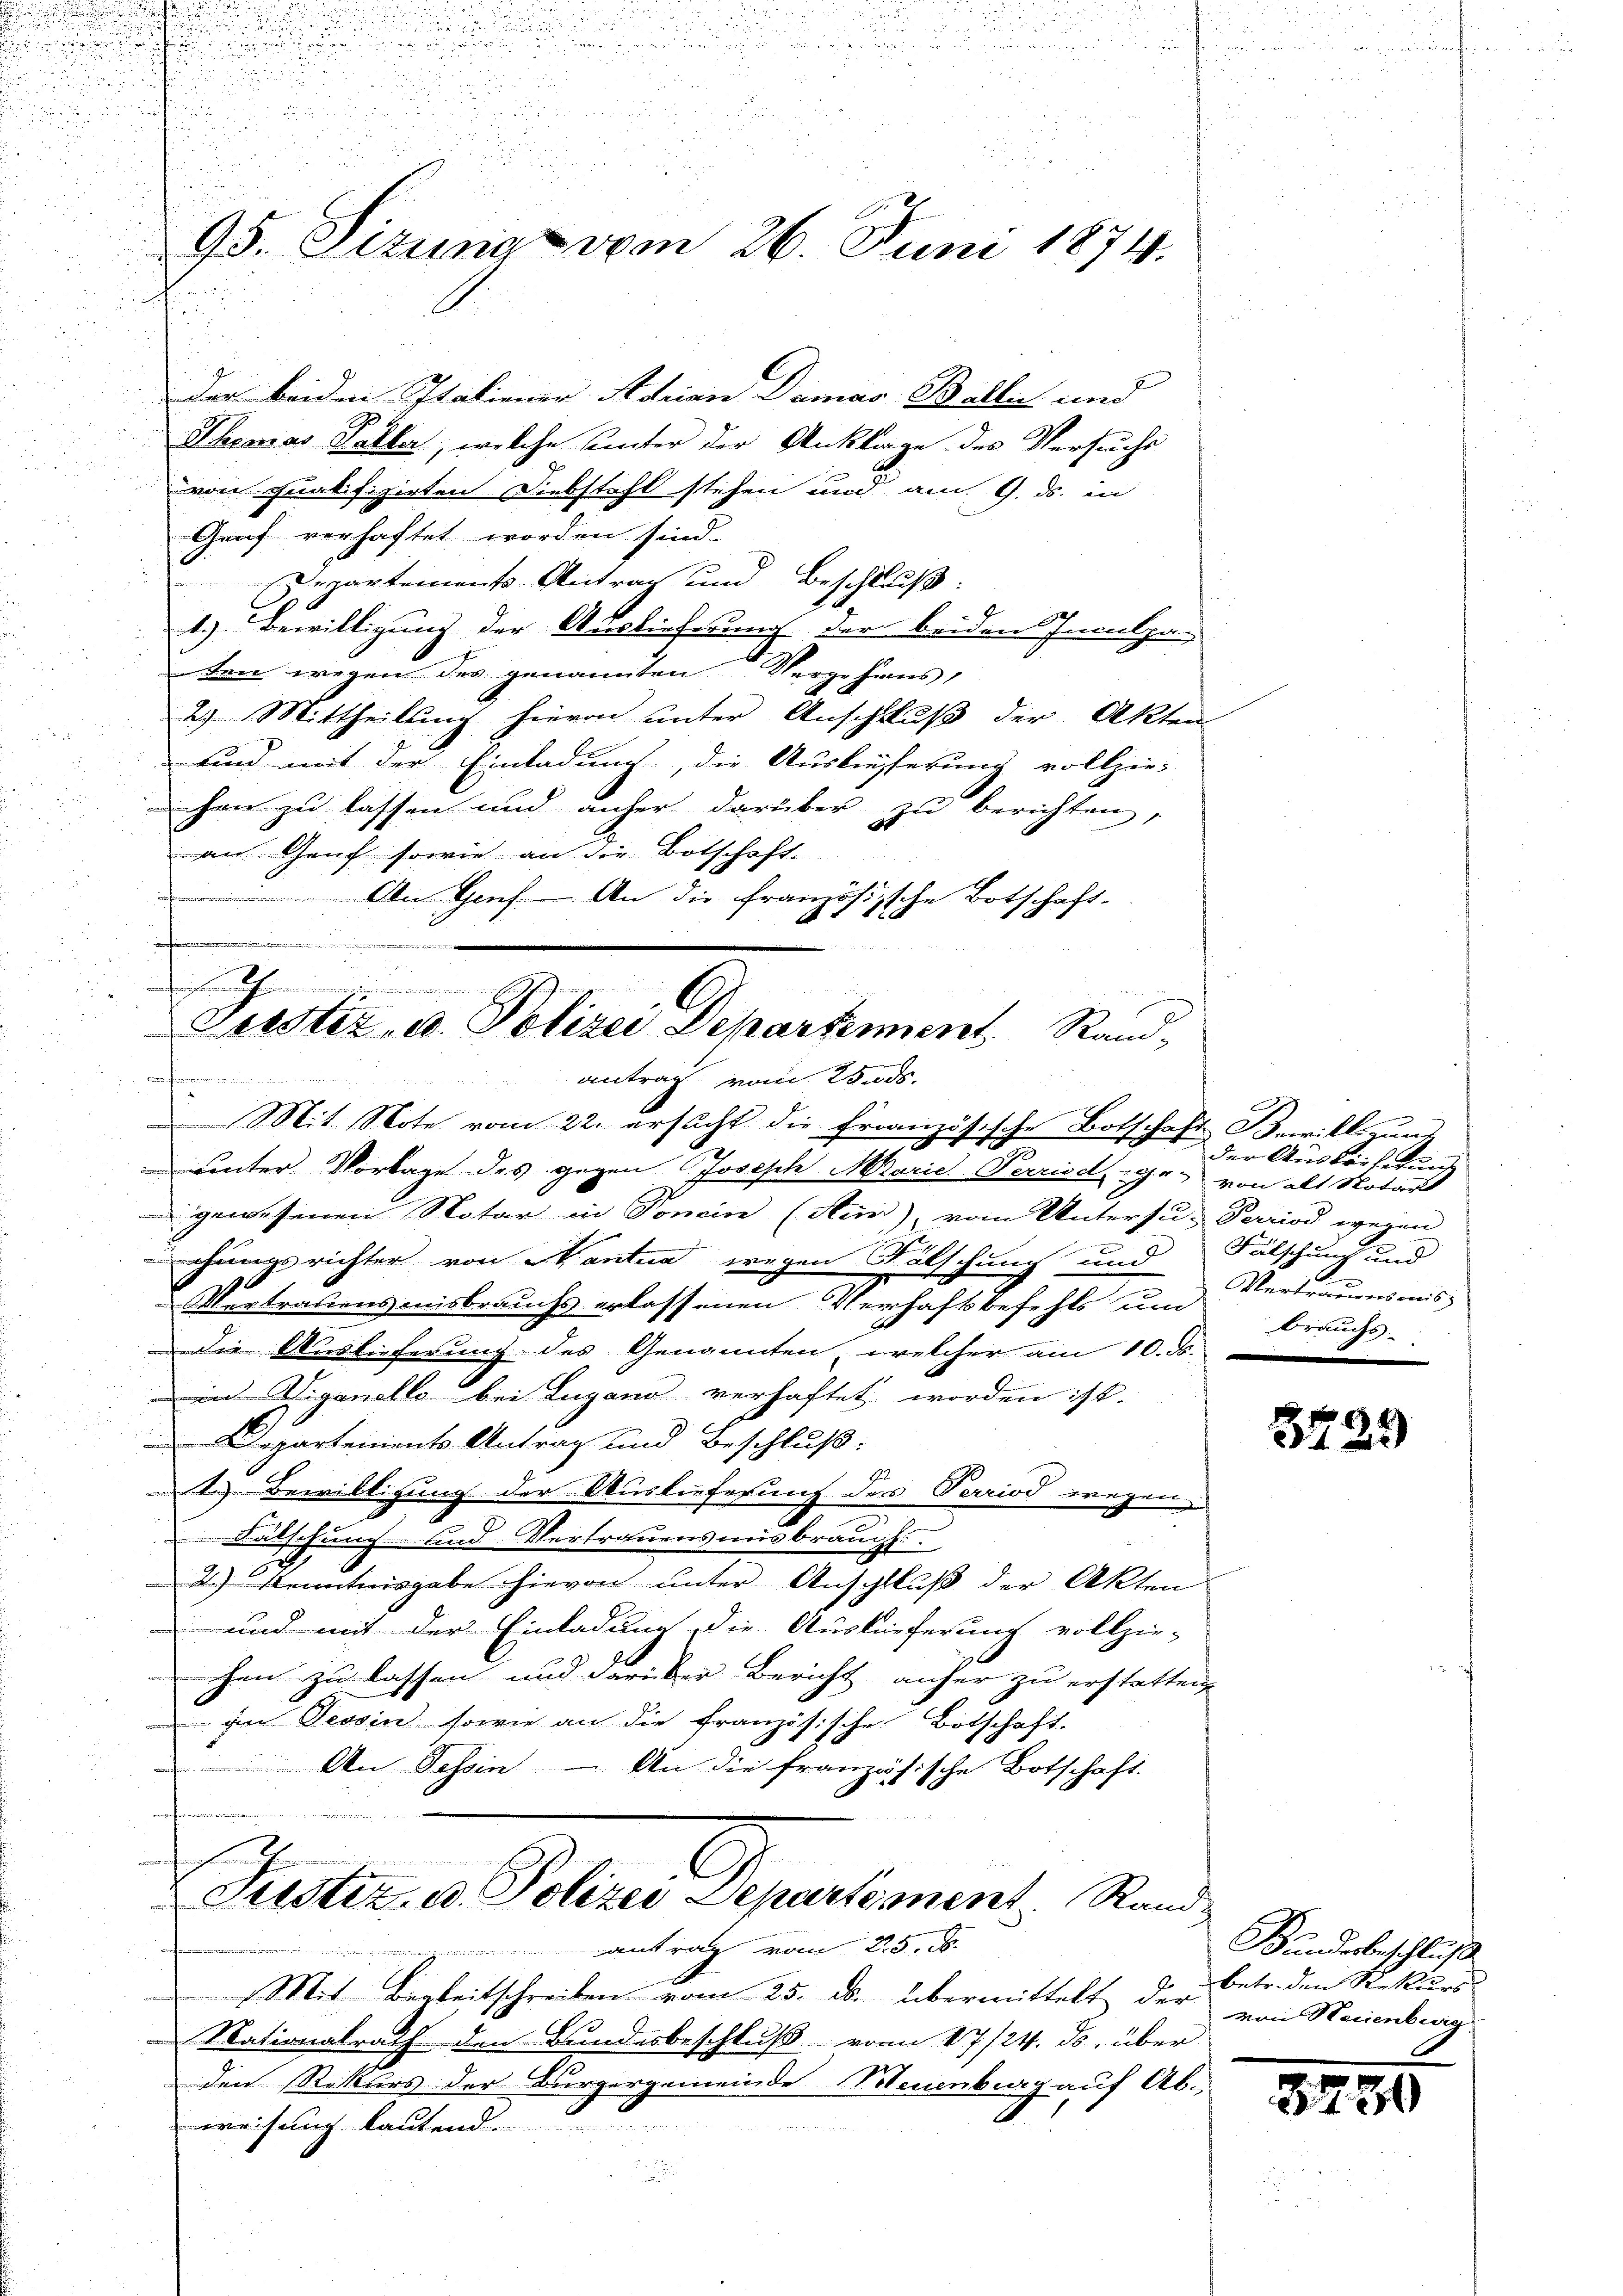
.
.

n

u
n
95. Sizung vom 26. Juni 1874.

der beiden Italiener Adrian Dumas Wallis und
Themas Taller, welche unter der Anklage des Versuchs-
von qualifizirten Diebstahl stehen und am 9. ds. in
Genf verhaftet worden sind.
Departements Antrag und Beschluß:
1.) Bewilligung der Auslieferung der beiden Inculpa
ten wegen des genannten Vergehens
2.) Mittheilung hievon unter Anschluß der Akten
sind mit der Einladung, die Auslieferung vollzieichen zu lassen und anher darüber zu berichten,
an Genf sowie an die Botschaft. |
An Genf. An die französische Botschaft-
in recheningen

Mit Note vom 22. ersucht die Französische Botschaft Bewilligung
unter Vorlage des gegen Joseph Marie Perrisch ge- von alt Notar
 gewesenen Notar in Tonein (Aus), vom Untersu- Period weren
chungsrichter von Mantua wegen Fälschung und Vertrauensmis
Vertrauensmisbrauchs erlassenen Verhaftbefehls und brauchs-
Die Auslieferung des Genannten, welcher am 10. d.
in Viganello bei Lugano verhaftet worden ist.
Departements Antrag und Beschluß:
t. Bewilligung der Auslieferung der Period wegen
Fätschung und Vertrauensmis brauch.
2.) Kenntnisgabe hievon unter Anschluß der Akten
und mit der Einladung die Ausküeferung vollzie-
chen zu lassen und darüber Bericht anher zu erstatten,
 der Tessin, sowie an die französische Botschaft.
An Tessin. – An die französische Botschaft.
Justiz- u. Polizei Departement Rand
ntrag vom 25. d.
Mit Begleitschreiben vom 25. ds. übermittelt der Betr. den Rekurs
Nationalrath den Bundesbeschluß vom 17/24. ds. über
den Rekurs der Bürgergemeinde Neuenburg auf Ab-
weisung lautend.
u

Leister, u. Polizei Departement. Sandantrag vom 25. ds.
n

e
n
der Ausköcherung
Fälschung und

4
872

Bundesbeschluß
von Neuenburg

3450